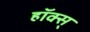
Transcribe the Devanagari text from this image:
हॉक्स्